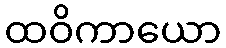
ထဝိကာယော